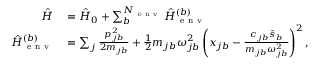
\begin{array} { r l } { \hat { H } } & { { } = \hat { H } _ { 0 } + \sum _ { b } ^ { N _ { \mathrm { ~ e ~ n ~ v ~ } } } \hat { H } _ { \mathrm { ~ e ~ n ~ v ~ } } ^ { ( b ) } } \\ { \hat { H } _ { \mathrm { ~ e ~ n ~ v ~ } } ^ { ( b ) } } & { { } = \sum _ { j } \frac { p _ { j b } ^ { 2 } } { 2 m _ { j b } } + \frac { 1 } { 2 } m _ { j b } \omega _ { j b } ^ { 2 } \left( x _ { j b } - \frac { c _ { j b } \hat { s } _ { b } } { m _ { j b } \omega _ { j b } ^ { 2 } } \right) ^ { 2 } , } \end{array}